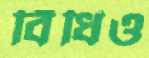
বিঁধিও